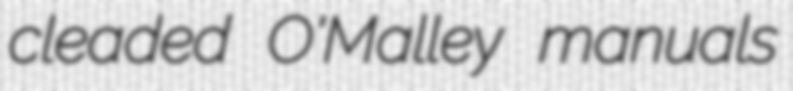
cleaded O'Malley manuals